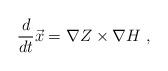
LaTeX: \begin{align*}\frac{d}{dt}\vec{x}=\nabla Z \times \nabla H~,\end{align*}